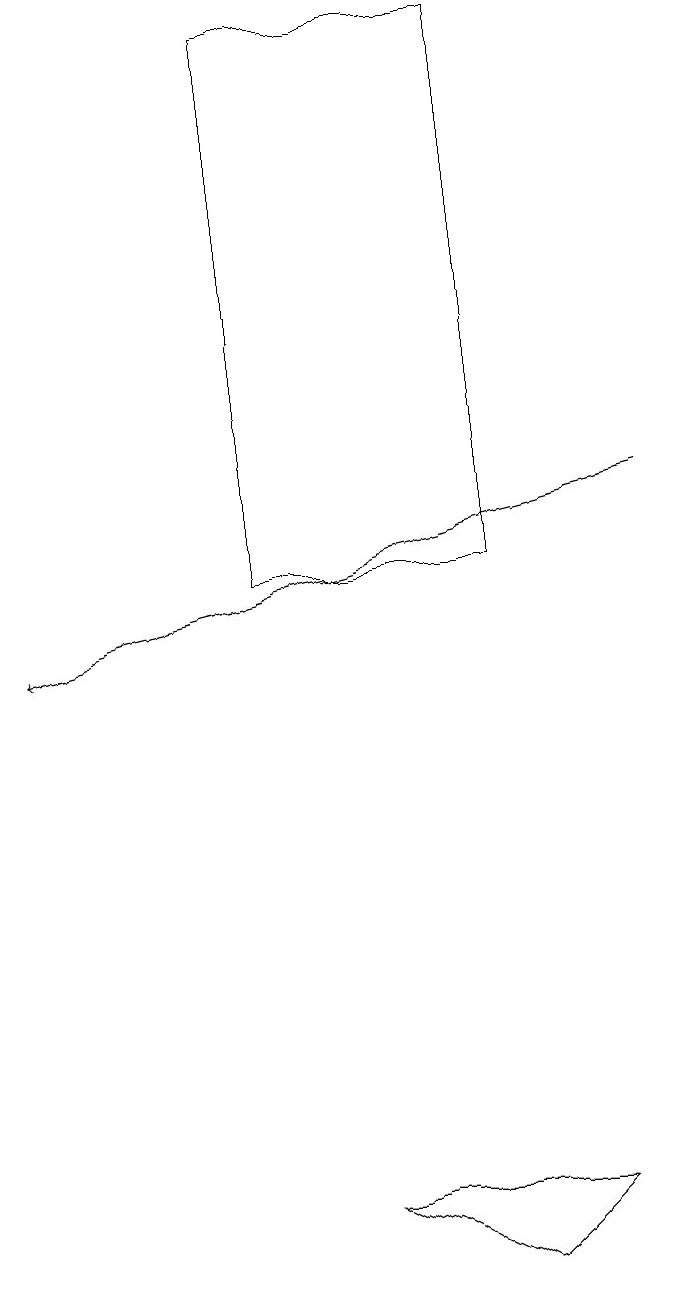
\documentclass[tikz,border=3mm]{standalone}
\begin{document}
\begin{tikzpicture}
\draw (4,12) rectangle (7,19);
\draw[->] (9,13) -- (1,11);
\draw (5,4) -- (8,4) -- (7,3) -- cycle;
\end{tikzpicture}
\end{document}